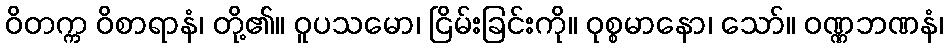
ဝိတက္က ဝိစာရာနံ၊ တို့၏။ ဝူပသမော၊ ငြိမ်းခြင်းကို။ ဝုစ္စမာနော၊ သော်။ ဝဏ္ဏဘဏနံ၊